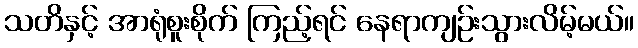
သတိနှင့် အာရုံစူးစိုက် ကြည့်ရင် နေရာကျဉ်းသွားလိမ့်မယ်။